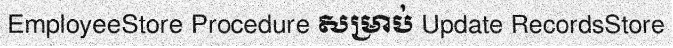
EmployeeStore Procedure សម្រាប់ Update RecordsStore